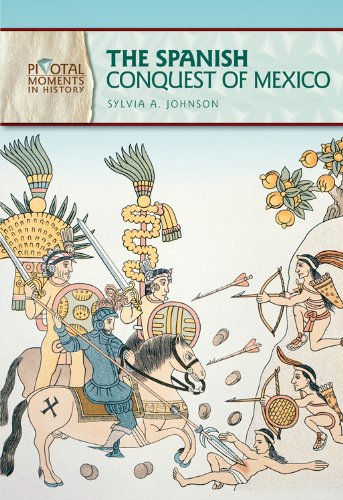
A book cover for The Spanish Conquest of Mexico (Pivotal Moments in History); Sylvia A. Johnson; Children's Books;